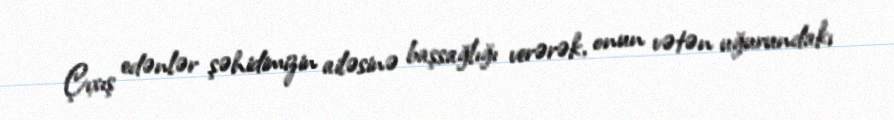
Çıxış edənlər şəhidimizin ailəsinə başsağlığı verərək, onun vətən uğurundakı